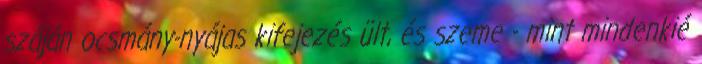
száján ocsmány-nyájas kifejezés ült, és szeme - mint mindenkié